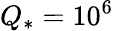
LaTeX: Q_{*}=10^{6}